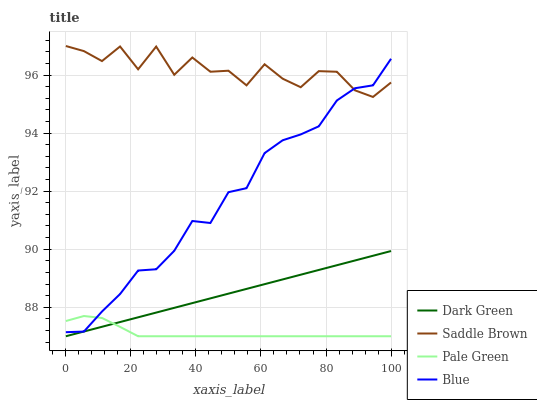
| xaxis_label | Dark Green | Saddle Brown | Pale Green | Blue |
 | --- | --- | --- | --- | --- |
 | 0 | 87 | 97 | 87.5 | 87.1 |
 | 5.56 | 87.2 | 96.8 | 87.7 | 87.2 |
 | 11.1 | 87.3 | 96.5 | 87.6 | 87.9 |
 | 16.7 | 87.5 | 97 | 87.3 | 88.5 |
 | 22.2 | 87.7 | 96.2 | 87 | 89.3 |
 | 27.8 | 87.8 | 97 | 87 | 89.3 |
 | 33.3 | 88 | 96 | 87 | 89.9 |
 | 38.9 | 88.1 | 96.6 | 87 | 91 |
 | 44.4 | 88.3 | 96.1 | 87 | 90.9 |
 | 50 | 88.5 | 96.1 | 87 | 92 |
 | 55.6 | 88.6 | 95.6 | 87 | 92.1 |
 | 61.1 | 88.8 | 96.4 | 87 | 93.3 |
 | 66.7 | 89 | 95.9 | 87 | 93.8 |
 | 72.2 | 89.1 | 95.6 | 87 | 94 |
 | 77.8 | 89.3 | 96.1 | 87 | 94.2 |
 | 83.3 | 89.4 | 96.1 | 87 | 95.1 |
 | 88.9 | 89.6 | 95.5 | 87 | 95.5 |
 | 94.4 | 89.8 | 95.2 | 87 | 95.6 |
 | 100 | 89.9 | 95.7 | 87 | 96.6 |